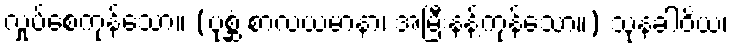
လှုပ်စေကုန်သော။ (ပုစ္ဆံ စာလယမာနာ၊ အမြီးနန့်ကုန်သော။) သုနခါဝိယ၊